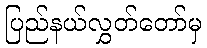
ပြည်နယ်လွှတ်တော်မှ